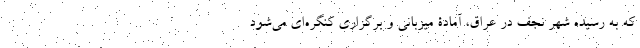
که به رسیده شهر نجف در عراق، آمادۀ میزبانی و برگزاری کنگره‌ای می‌شود